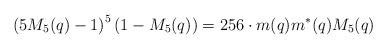
LaTeX: \begin{align*}\left(5M_5(q)-1\right)^5\left(1-M_5(q)\right)=256\cdot m(q)m^{*}(q)M_5(q)\end{align*}